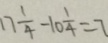
1 7 \frac { 1 } { 4 } - 1 0 \frac { 1 } { 4 } = 7